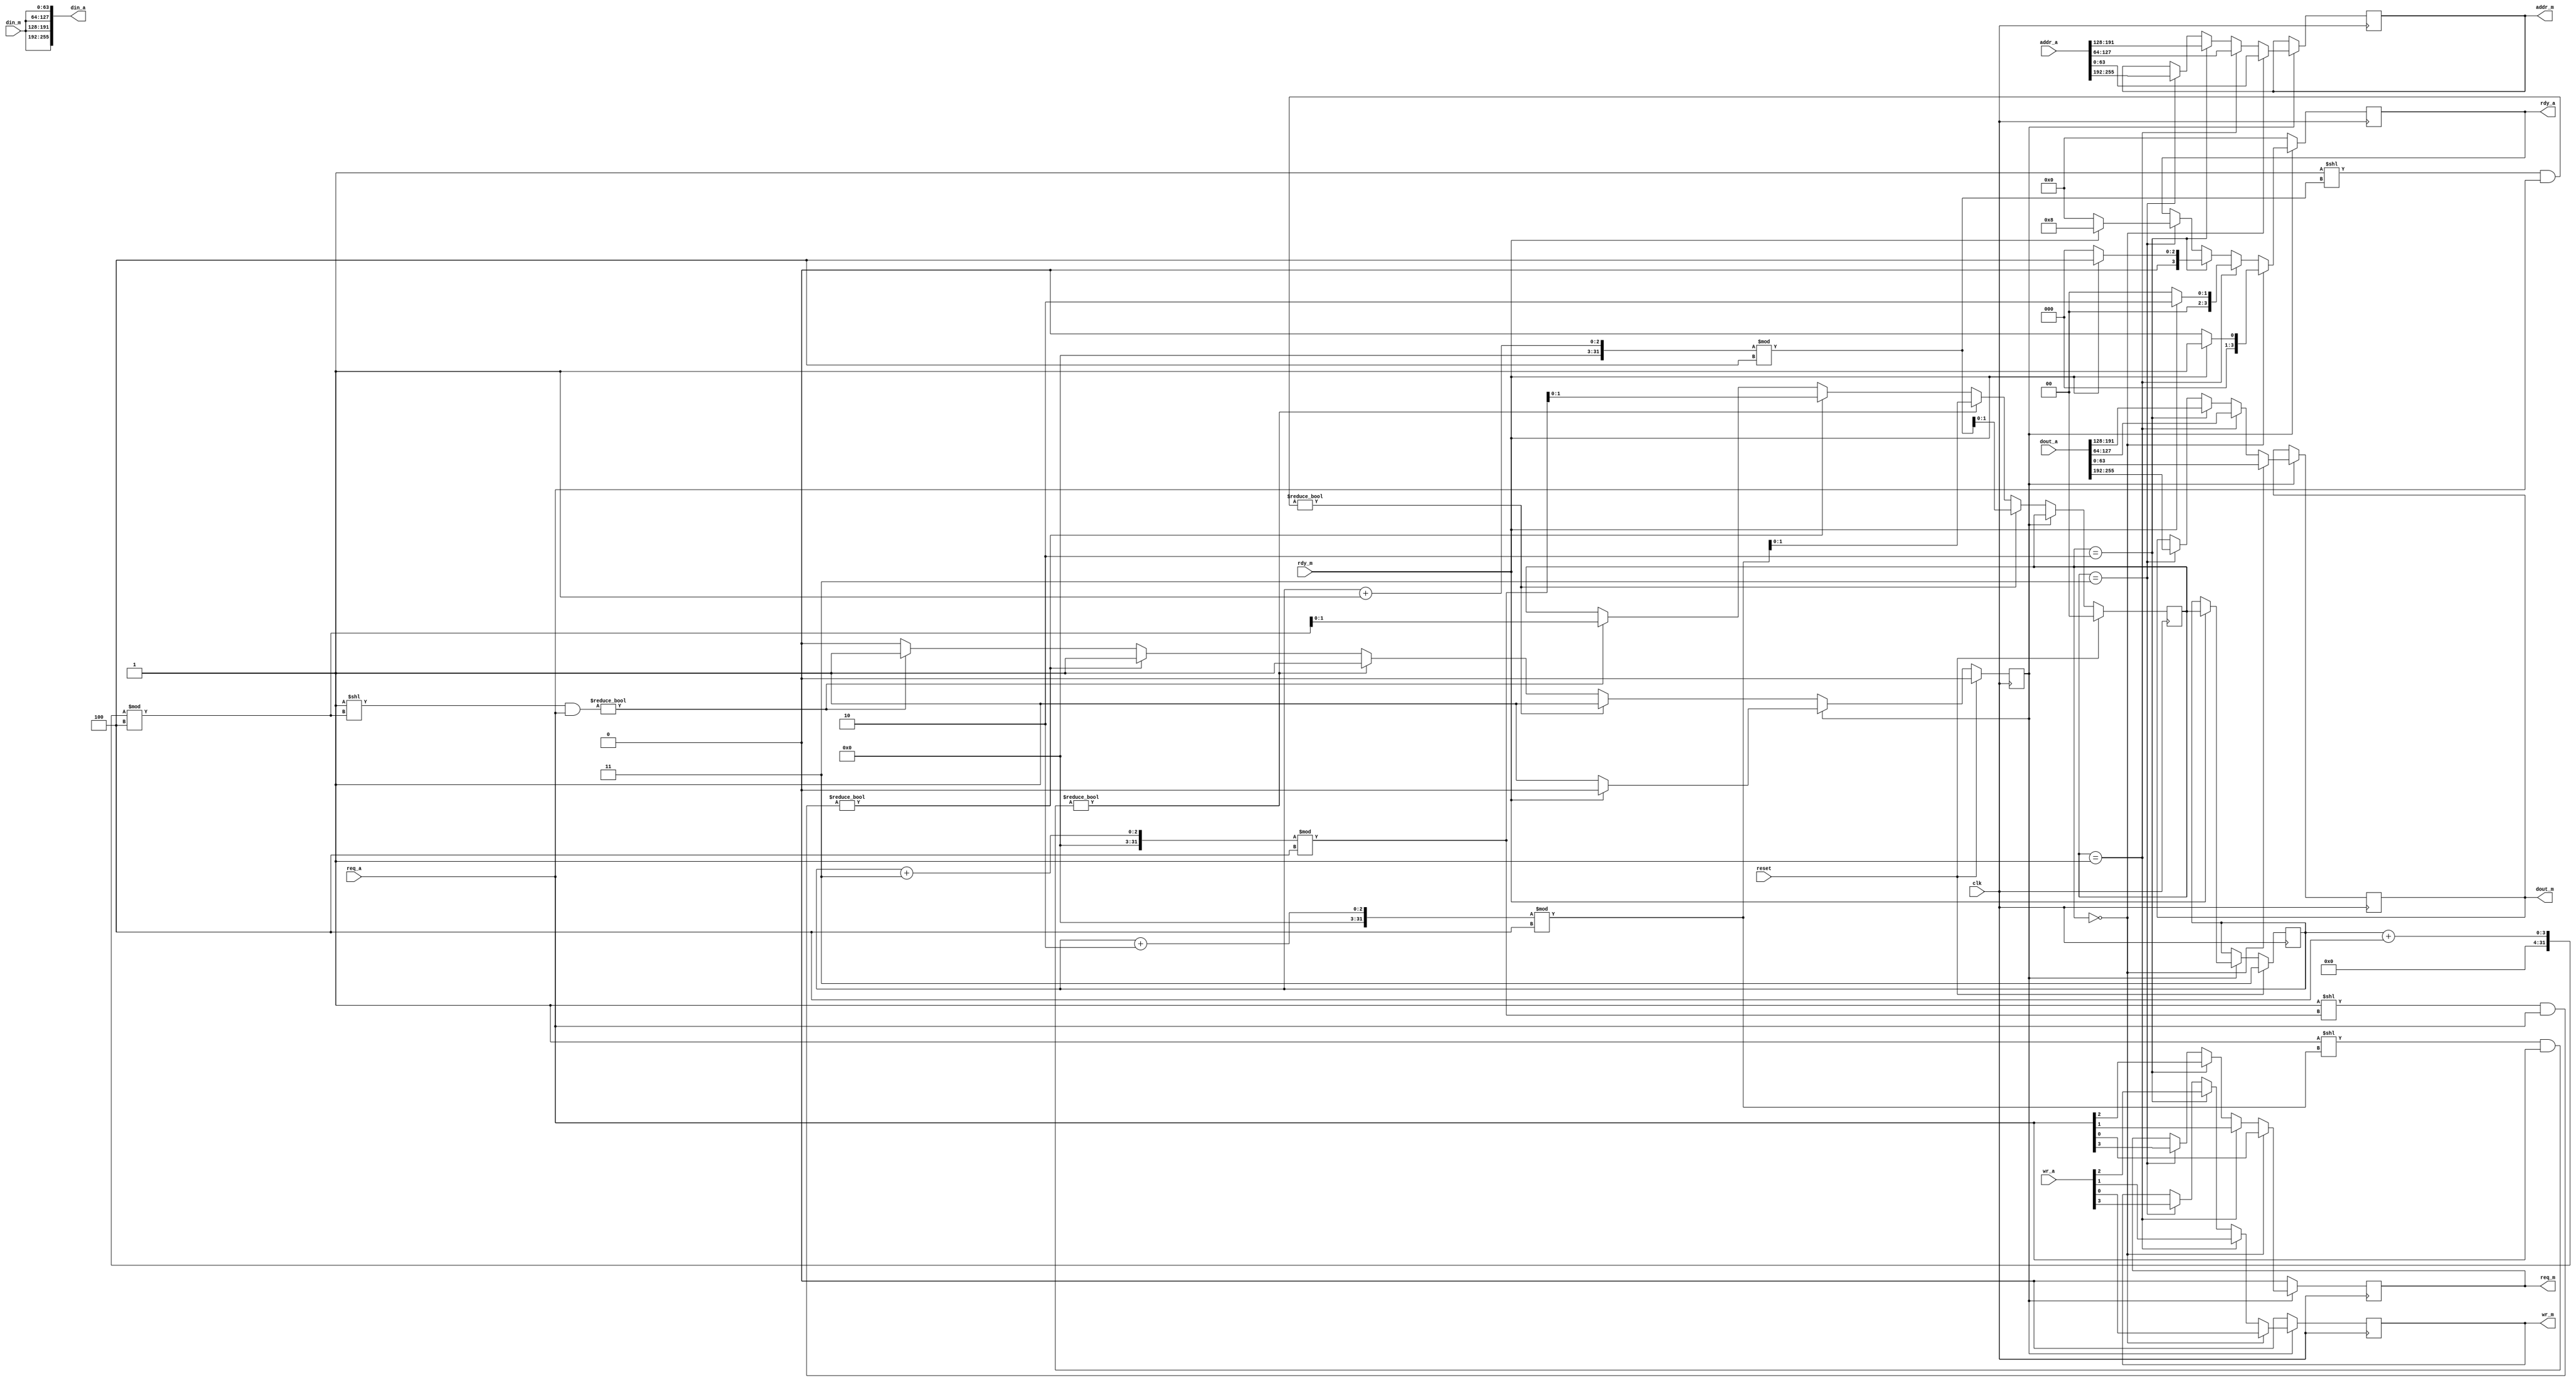
// arbiter for requests

module arb (
	clk,
	reset,
	addr_a,
	din_a,
	dout_a,
	req_a,
	wr_a,
	rdy_a,
	addr_m,
	din_m,
	dout_m,
	req_m,
	wr_m,
	rdy_m
);

input			clk, reset;
input	[255:0]	addr_a;
output	[255:0] din_a;
input	[255:0] dout_a;
input	[3:0]	req_a;
input	[3:0]	wr_a;
output	reg [3:0]	rdy_a;
output	reg [63:0]	addr_m;
input	[63:0]	din_m;
output	reg [63:0]	dout_m;
output	reg		req_m;
output	reg		wr_m;
input			rdy_m;

reg		[1:0]	current;
reg		[1:0]	last;
reg				working;

wire	[3:0]	shfand;

always @(posedge clk) begin
	if(reset == 1'b1) begin
		current <= 2'b00;
		last	<= 2'b11;
		working	<= 1'b0;
	end
	else if (working == 1'b0) begin
		if (((1 << ((last + 1) % 4)) & req_a) != 0) begin
			current <= (last + 1) % 4;
			working <= 1'b1;
		end
		else if (((1 << ((last + 2) % 4)) & req_a) != 0) begin
			current <= (last + 2) % 4;
			working <= 1'b1;
		end
		else if (((1 << ((last + 3) % 4)) & req_a) != 0) begin
			current <= (last + 3) % 4;
			working <= 1'b1;
		end
		else if (((1 << ((last + 4) % 4)) & req_a) != 0) begin
			current <= (last + 4) % 4;
			working <= 1'b1;
		end
	end
	else if (rdy_m == 1'b1) begin
		last 	<= current;
		working <= 1'b0;
	end
end

always @(posedge clk) begin
    if(working != 1'b1) begin
        req_m   = 1'b0;
        rdy_a   = 4'b0000;
        wr_m    = 1'b0;
    end
	else if (current == 2'b00) begin
		rdy_a 	= rdy_m ? 4'b0001 : 4'b0000; 
		addr_m 	= addr_a[063:000];
		dout_m	= dout_a[063:000];
		req_m	= req_a[0];
		wr_m	= wr_a[0];
	end
	else if (current == 2'b01) begin
		rdy_a 	= rdy_m ? 4'b0010 : 4'b0000; 
		addr_m 	= addr_a[127:064];
		dout_m	= dout_a[127:064];
		req_m	= req_a[1];
		wr_m	= wr_a[1];
	end
	else if (current == 2'b10) begin
		rdy_a 	= rdy_m ? 4'b0100 : 4'b0000; 
		addr_m 	= addr_a[191:128];
		dout_m	= dout_a[191:128];
		req_m	= req_a[2];
		wr_m	= wr_a[2];
	end
	else if (current == 2'b11) begin
		rdy_a 	= rdy_m ? 4'b1000 : 4'b0000; 
		addr_m 	= addr_a[255:192];
		dout_m	= dout_a[255:192];
		req_m	= req_a[3];
		wr_m	= wr_a[3];
	end		

end

assign din_a[255:192] = din_m;
assign din_a[191:128] = din_m;
assign din_a[127:064] = din_m;
assign din_a[063:000] = din_m;

endmodule